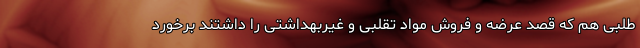
طلبی هم که قصد عرضه و فروش مواد تقلبی و غیربهداشتی را داشتند برخورد